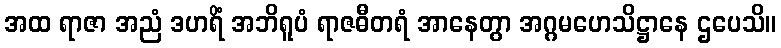
အထ ရာဇာ အညံ ဒဟရိံ အဘိရူပံ ရာဇဓီတရံ အာနေတွာ အဂ္ဂမဟေသိဋ္ဌာနေ ဌပေသိ။